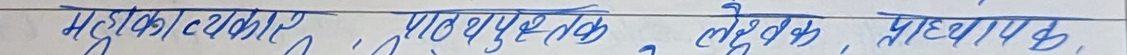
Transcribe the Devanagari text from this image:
महापौर/प्रमुख, उपप्रमुख, सहमहापौर,